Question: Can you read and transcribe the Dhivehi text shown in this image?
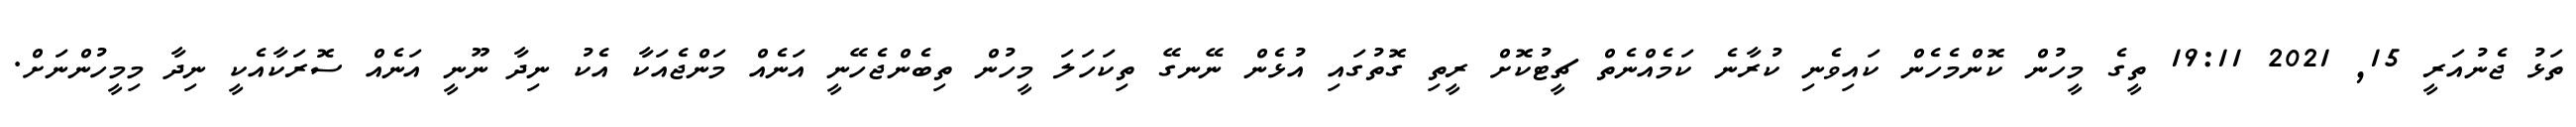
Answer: ތަޅު ޖެނުއަރީ 15, 2021 19:11 ތީގެ މީހުން ކޮންމެހެން ކައިވެނި ކުރާނެ ކަމެއްނެތް ޗީޓުކޮށް ރީތި ގޮތުގައި އުޅެން ނޭނގޭ ތިކަހަލަ މީހުން ތިބެންޖެހޭނީ އަނެއް މަންޖެއަކާ އެކު ނިދާ ނޫނީ އަނެއް ސޮރަކާއެކީ ނިދާ މިމީހުންނަށް.